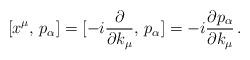
LaTeX: \begin{align*}[x^{\mu}, \, p_{\alpha}] = [-i \frac{\partial}{\partial k_{\mu}}, \, p_{\alpha}] = -i \frac{\partial p_{\alpha}}{\partial k_{\mu}} \, . \end{align*}